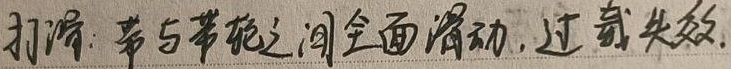
打滑：带与带轮之间全面滑动，过载失效.